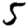
Digit: 5